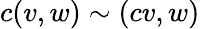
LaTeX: c(v,w)\sim(cv,w)